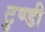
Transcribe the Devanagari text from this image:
टुण्डी